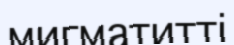
мигматитті